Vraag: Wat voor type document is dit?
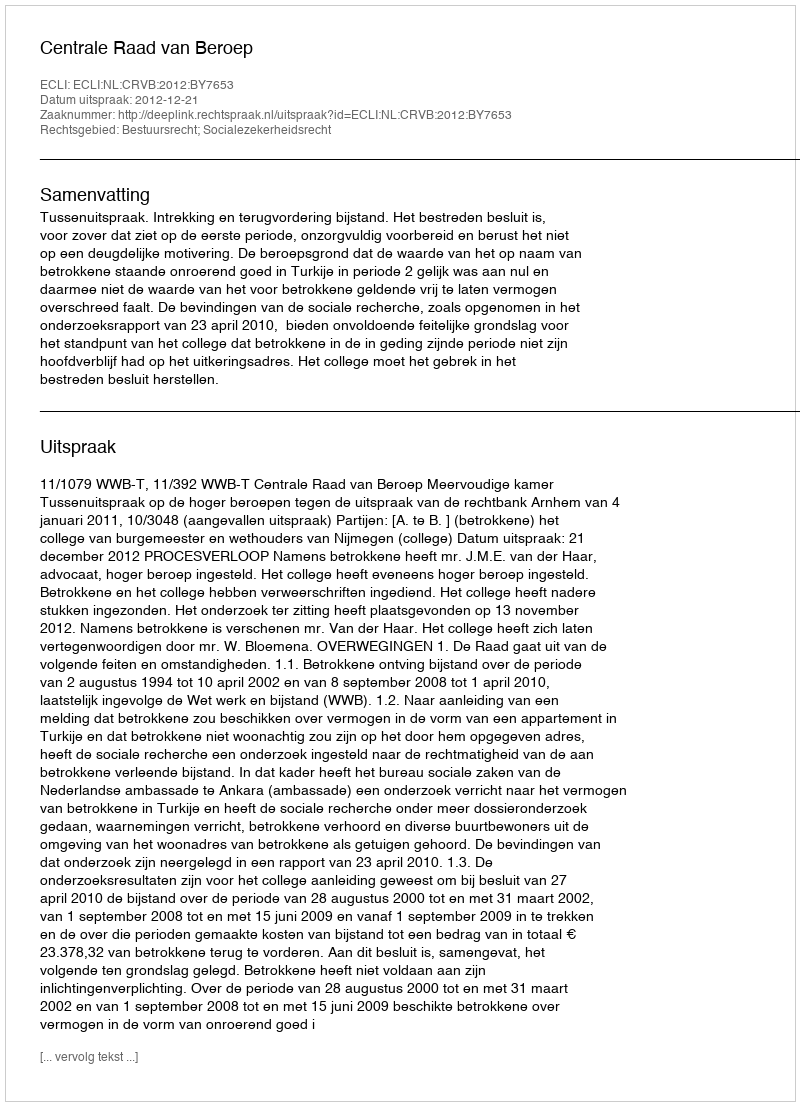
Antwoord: Uitspraak